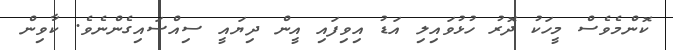
ކޮންމެވެސް މީހަކު ދޮރު ހުޅުވައިލި އަޑު އިވިފައި އީން ދިޔައީ ސިއްސައިގެންނެވެ. ކާވިން